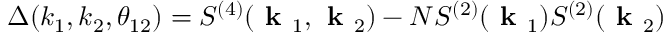
\Delta ( k _ { 1 } , k _ { 2 } , \theta _ { 1 2 } ) = S ^ { ( 4 ) } ( \textbf { k } _ { 1 } , \textbf { k } _ { 2 } ) - N S ^ { ( 2 ) } ( \textbf { k } _ { 1 } ) S ^ { ( 2 ) } ( \textbf { k } _ { 2 } )